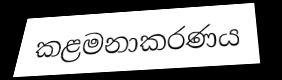
කළමනාකරණය